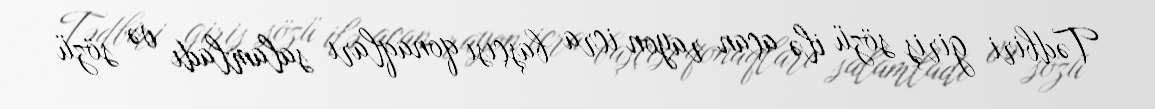
Tədbiri giriş sözü ilə açan rayon icra başçısı qonaqları salamladı və sözü